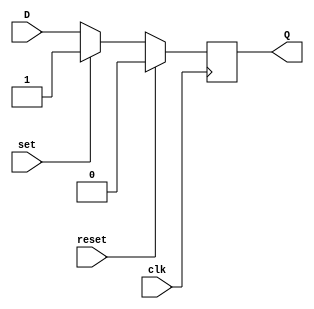
module dff_reset_set (
    input wire clk,
    input wire reset,
    input wire set,
    input wire D,
    output reg Q
);

always @(posedge clk) begin
    if (reset) begin
        Q <= 1'b0; // Predefined state for reset
    end else if (set) begin
        Q <= 1'b1; // Predefined value for set
    end else begin
        Q <= D; // Store input data on rising edge of clock
    end
end

endmodule